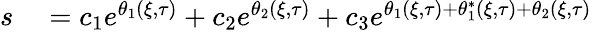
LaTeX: \begin{array}{rl}{s}&{{}=c_{1}e^{\theta_{1}(\xi,\tau)}+c_{2}e^{\theta_{2}(\xi,\tau)}+c_{3}e^{\theta_{1}(\xi,\tau)+\theta_{1}^{*}(\xi,\tau)+\theta_{2}(\xi,\tau)}}\end{array}